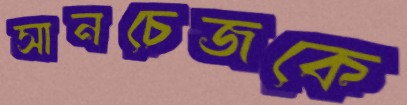
সানচেজকে